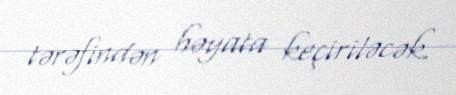
tərəfindən həyata keçiriləcək.